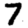
Digit: 7